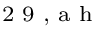
^ \textrm { \scriptsize 2 9 , a h }